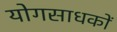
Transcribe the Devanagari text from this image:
योगसाधकों